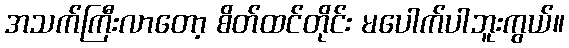
အသက်ကြီးလာတော့ စိတ်ထင်တိုင်း မပေါက်ပါဘူးကွယ်။